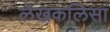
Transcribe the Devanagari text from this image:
लेखकलिसा